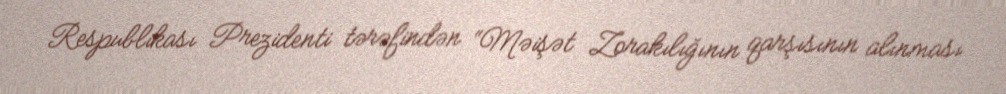
Respublikası Prezidenti tərəfindən “Məişət Zorakılığının qarşısının alınması